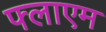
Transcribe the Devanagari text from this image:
फ्लाएम